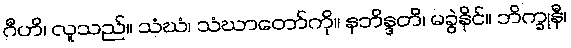
ဂီဟိ၊ လူသည်။ သံဃံ၊ သံဃာတော်ကို။ နဘိန္ဒတိ၊ မခွဲနိုင်။ ဘိက္ခုနီ၊